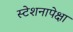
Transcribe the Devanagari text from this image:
स्टेशनापेक्षा